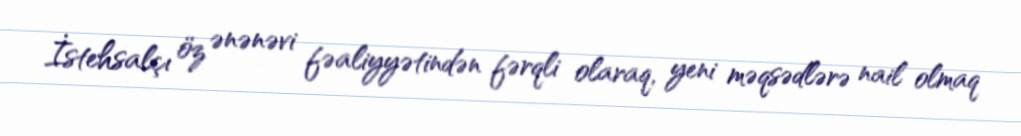
İstehsalçı öz ənənəvi fəaliyyətindən fərqli olaraq, yeni məqsədlərə nail olmaq